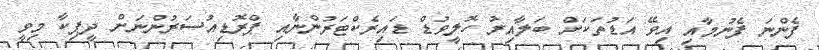
ފެންނަ ފެނުމާއި އިވޭ އަޑުތަކަށް ބަލާއިރު ހޮލީވުޑް ޑައިރެކްޓަރުންނާއި ޕްރޮޑިއުސަރުންނަށް ދީޕިކާ މިވީ